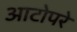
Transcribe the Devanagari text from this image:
आटोपरे